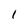
Character: l